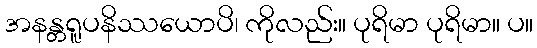
အနန္တရူပနိဿယောပိ၊ ကိုလည်း။ ပုရိမာ ပုရိမာ။ ပ။